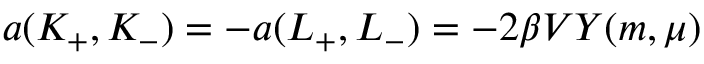
a ( K _ { + } , K _ { - } ) = - a ( L _ { + } , L _ { - } ) = - 2 \beta V Y ( m , \mu )